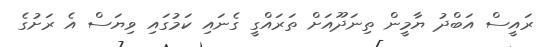
ރައީސް އަބްދު ޔާމީން ތިނަދޫއަށް ތަރައްގީ ގެނައި ކަމުގައި ވިޔަސް އެ ރަށުގެ